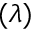
( \lambda )